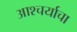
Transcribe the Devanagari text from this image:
आश्‍चर्याचा